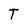
Character: T